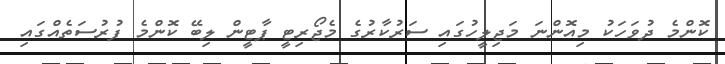
ކޮންމެ ދުވަހަކު މިއޮންނަ މަޖިލީހުގައި ސަރުކާރުގެ މެޖޯރިޓީ ޕާޓީން ލިބޭ ކޮންމެ ފުރުސަތެއްގައި